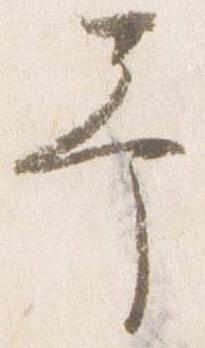
予